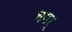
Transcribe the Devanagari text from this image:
धमर्